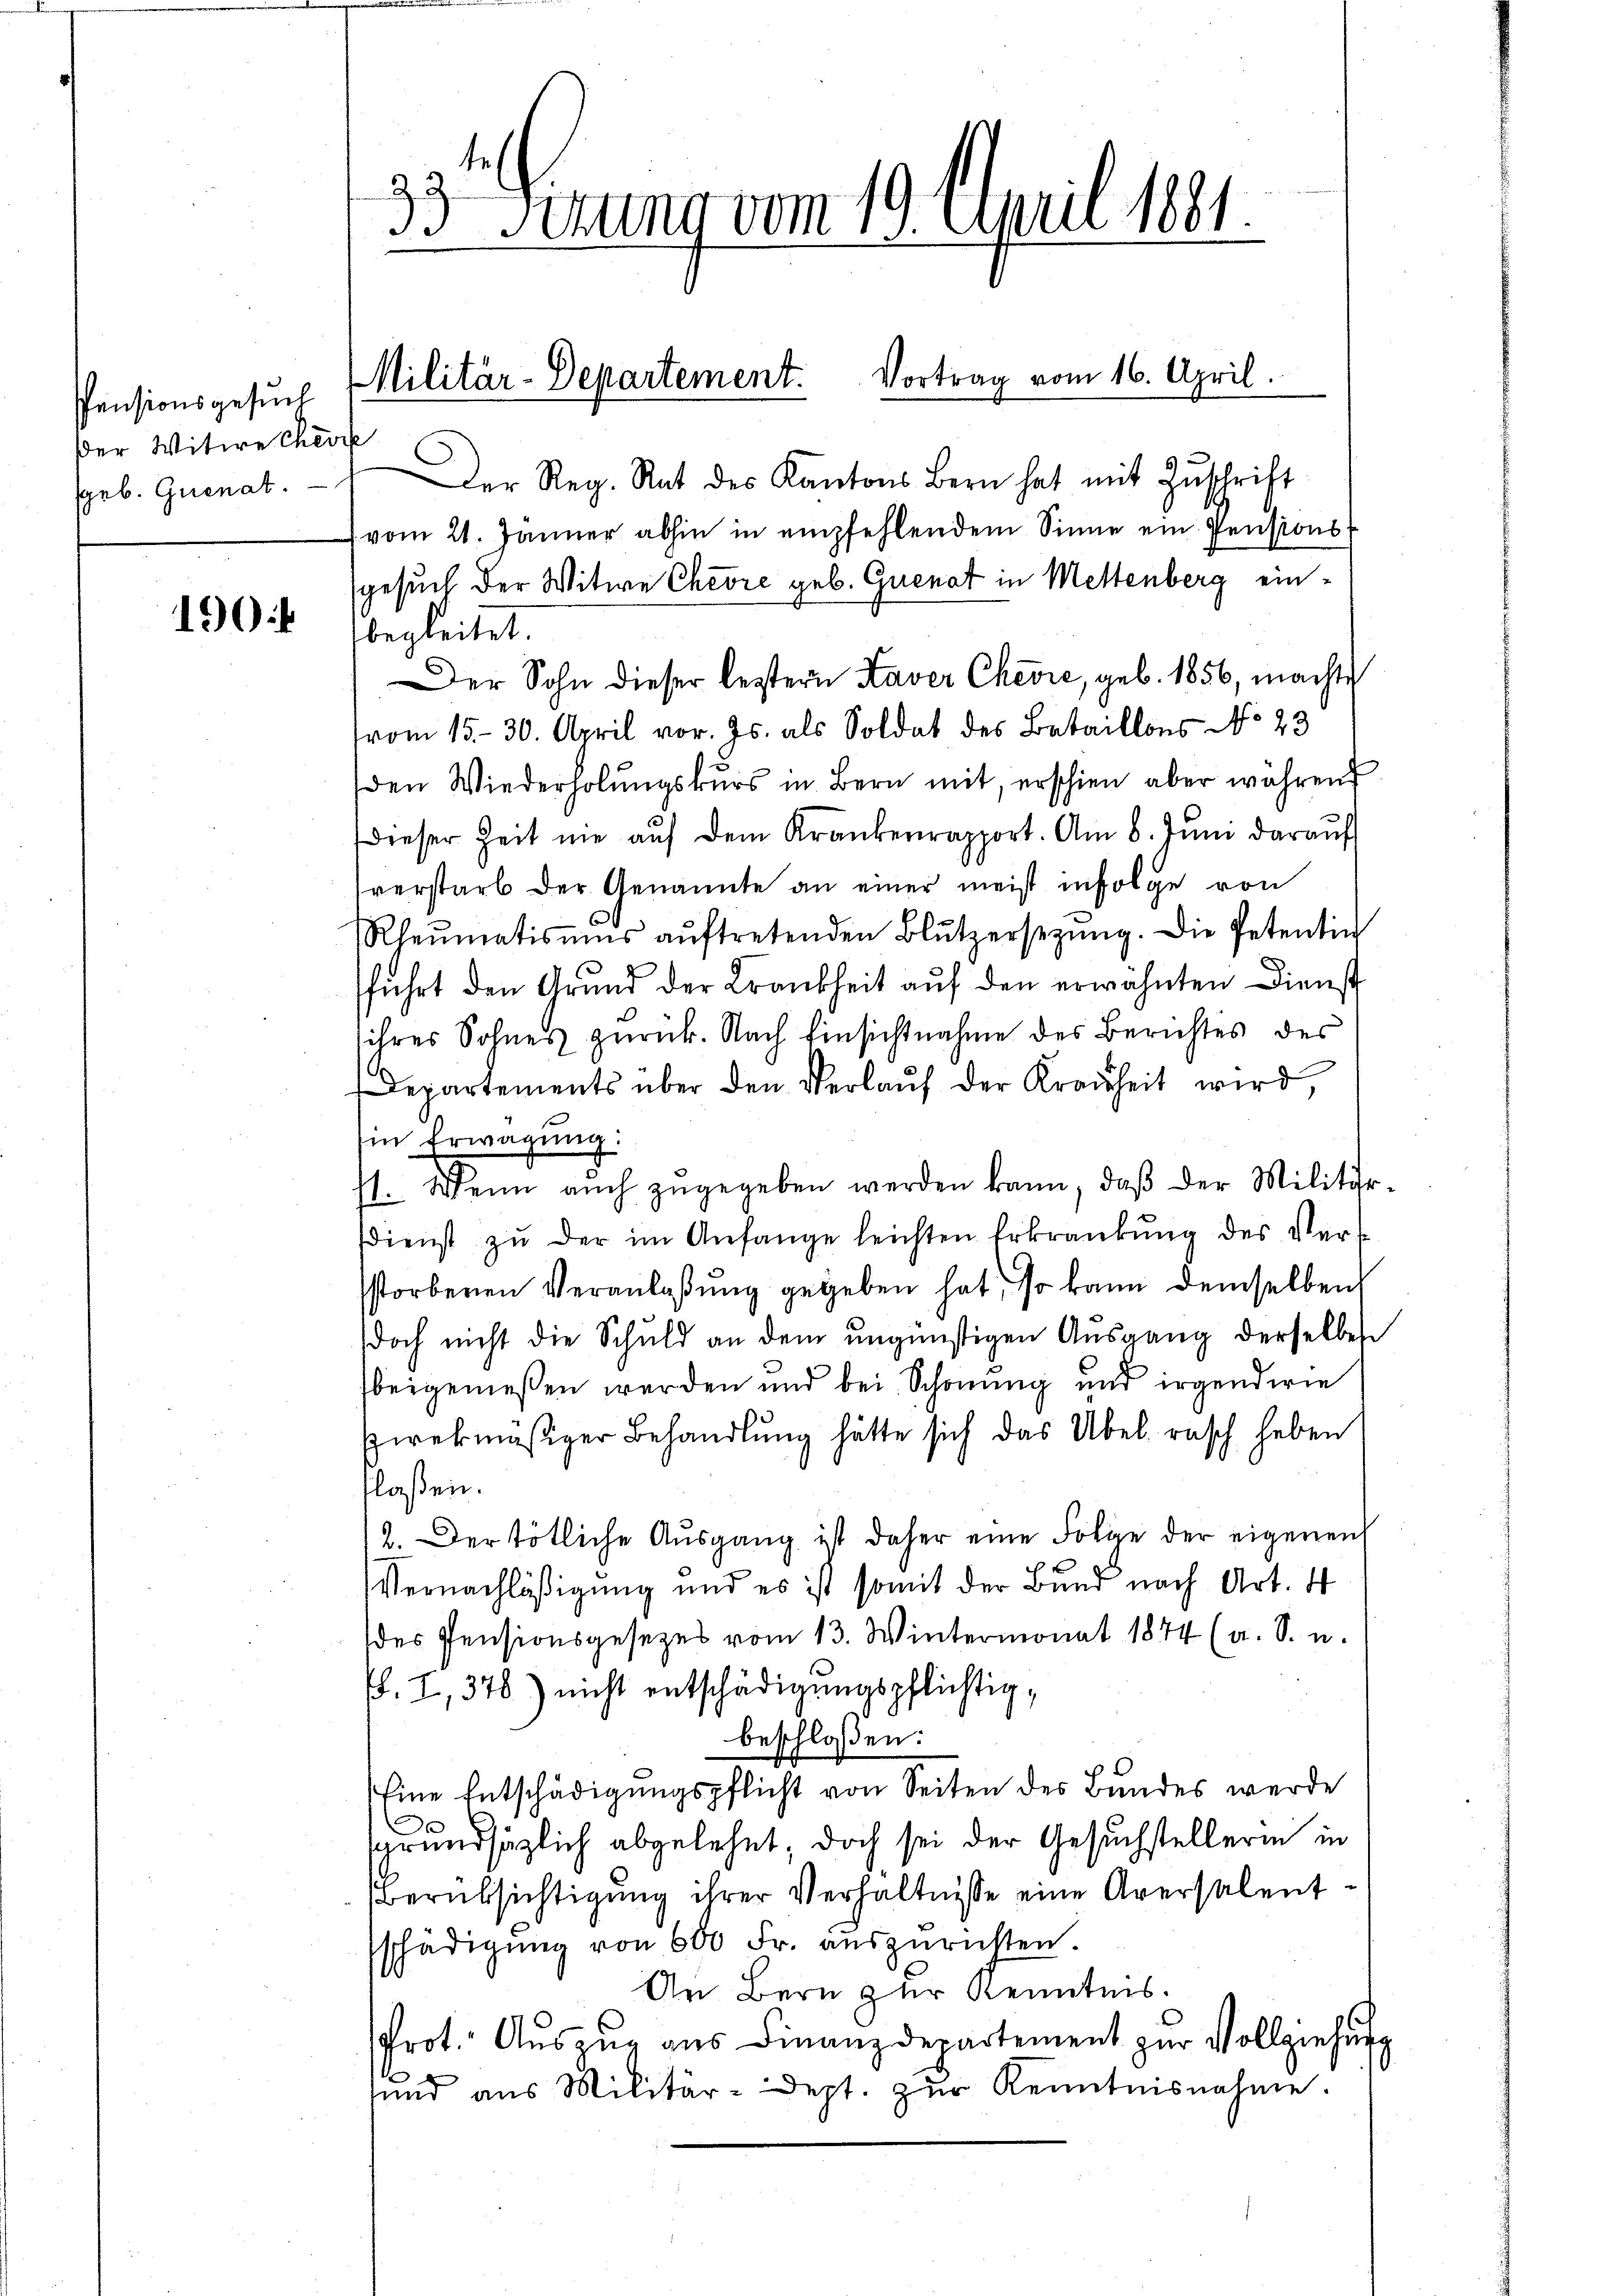
Pensionsgesuch
Der Witwe cher
ggeb. Grenat.

190.

33 Settens vom 19. April 1881

Militär-Departement. Vortrag vom 16. April.

t
Der Reg. Rat des Kantons Bern hat mit Zŭschrift
(vom 21. Jänner abhin in empfehlendem Sinne ein Pensions
gesuch der Witwe Chevre geb. Guenat in Mettenberg einbegleitet.
Der Sohn dieser leztern Kaver Chević, geb. 1856, machte
vom 15. 30. April vor. Js. als Soldat des Bataillons No 23
den Wiederholungskurs in Bern mit, erschien aber während
dieser Zeit nie aŭf dem Krankenrapport. Am 8. Jŭni darauf
verstarb der Genannte an einer meist infolge von
Rheumatisums aŭftretenden Blutzersezung. Die Petentin
führt den Grund der Krankheit auf den erwähnten Dienst
ihres Sohnes zurück. Nach Einsichtnahme des Berichtes des
Departements über den Verlaŭf der Krauheit wird,
in Erwägung:
11. Wenn aŭch zŭgegeben werden kann, daβ der Militär-
ddienst zŭ der im Anfange leichten Erkrankŭng des Verstorbenen Veranlaßung gegeben hat, so kann demselben
doch nicht die Schuld an dem ungünstigen Ausgang derselbes
beigemeßen werden und bei Schonung und irgendwie
zwekmäßiger Behandlung hätte sich das Übel rasch haben
tlaßen.
2. Der tötliche Ausgang ist daher eine Folge der eigenen
Vernachläßigung und es ist somit der Bund nach Art. 4
des Pensionsgesezes vom 13. Wintermonat 1874 (a. S. u.
. I, 370) nicht entschädigungspflichtig,
beschloßen:
Eine Entschädigungspflicht von Seiten des Bundes werde
sgrundsätzlich abgelehnt, doch sei der Gesuchstellerin in
Berüksichtigung ihrer Verhältnisse eine Aversalentschädigung von 600 Fr. auszurichten.
An Bern zur Kenntnis.
Prot. Aŭszŭg aŭs Finanzdepartement zŭr Vollziehun
sund aus Militär-dept. zŭr Kenntnisnahme.